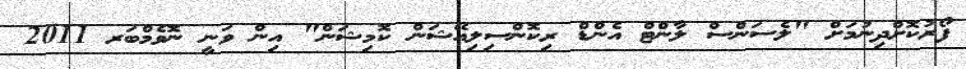
ފޯރުކޮށްދިނުމަށް "ލެސަންސް ލާންޓް އެންޑް ރިކޮންސިލިއޭޝަން ކޮމިޝަން" އިން ވަނީ ނޮވެމްބަރ 2011